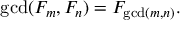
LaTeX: \operatorname* { g c d } ( F _ { m } , F _ { n } ) = F _ { \operatorname* { g c d } ( m , n ) } .